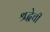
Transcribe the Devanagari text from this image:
श्रद्धेची